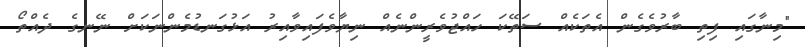
"މިނާގައި ފިތި ބާރުވެގެން އެތަކެއް ސަތޭކަ ހައްޖުވެރީންނެއް ނިޔާވެފައިވާއިރު އަޅުގަނޑުމެންނަކަށް ނޭނގެ ދެއްތޯ